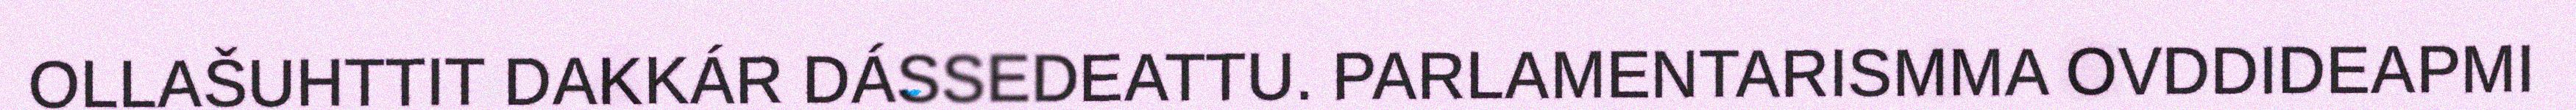
OLLAŠUHTTIT DAKKÁR DÁSSEDEATTU. PARLAMENTARISMMA OVDDIDEAPMI